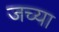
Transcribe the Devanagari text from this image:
जच्या